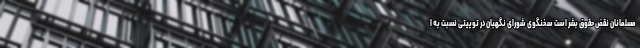
مسلمانان نقض حقوق بشر است سخنگوی شورای نگهبان در توییتی نسبت به ا